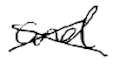
Text: and
Cross-out: cross
Writing tool: digital_black